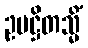
ဥပဋ္ဌိတသ္မိံ